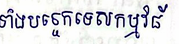
ទាំងបច្ចេកទេសកម្មវិធី